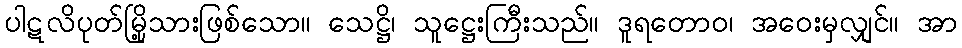
ပါဋလိပုတ်မြို့သားဖြစ်သော။ သေဋ္ဌိ၊ သူဋ္ဌေးကြီးသည်။ ဒူရတောဝ၊ အဝေးမှလျှင်။ အာ